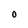
Character: o